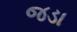
જડા